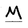
Character: M